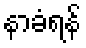
နာခံရန်